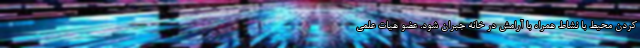
کردن محیط با نشاط همراه با آرامش در خانه جبران شود. عضو هیات علمی